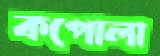
কপোলা